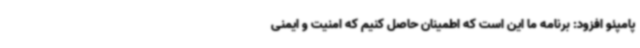
پامپئو افزود: برنامه ما این است که اطمینان حاصل کنیم که امنیت و ایمنی